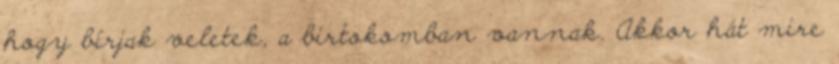
hogy bírjak veletek, a birtokomban vannak. Akkor hát mire